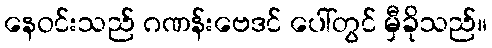
နေဝင်းသည် ဂဏန်းဗေဒင် ပေါ်တွင် မှီခိုသည်။